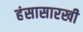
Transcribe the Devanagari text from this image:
हंसासारखी